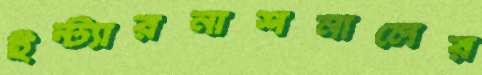
ইন্ট্যারনাশনালের